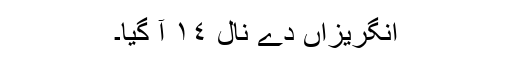
انگریزاں دے نال ١٤ آ گیا۔